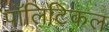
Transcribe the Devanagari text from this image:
पाॅलिटिकल